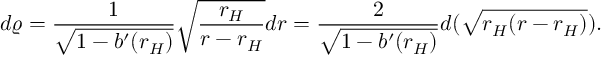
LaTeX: d \varrho = { \frac { 1 } { \sqrt { 1 - b ^ { \prime } ( r _ { H } ) } } } \sqrt { { \frac { r _ { H } } { r - r _ { H } } } } d r = { \frac { 2 } { \sqrt { 1 - b ^ { \prime } ( r _ { H } ) } } } d ( \sqrt { r _ { H } ( r - r _ { H } ) } ) .